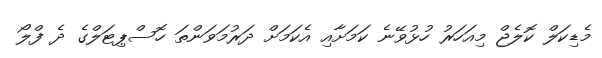
މެޑިކަލް ކޮލެޖް މިއަހަރު ހުޅުވޭނެ ކަމަށާއި އެކަމަށް ދަރުމަވަންތަ ހޮސްޕިޓަލްގެ ދެ ފްލޯ